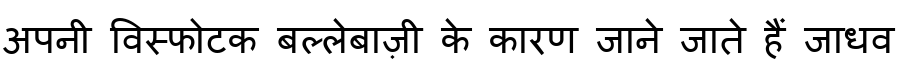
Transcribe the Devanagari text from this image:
अपनी विस्फोटक बल्लेबाज़ी के कारण जाने जाते हैं जाधव